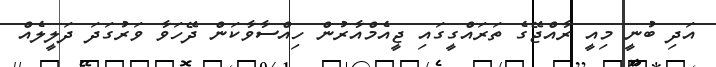
އަދި ބުނީ މިއީ ރާއްޖޭގެ ތަރައްގީގައި ޖީއެމްއާރުން ހިއްސާވާކަން ދޭހަވާ ވަރުގަދަ ދަލީލެއް